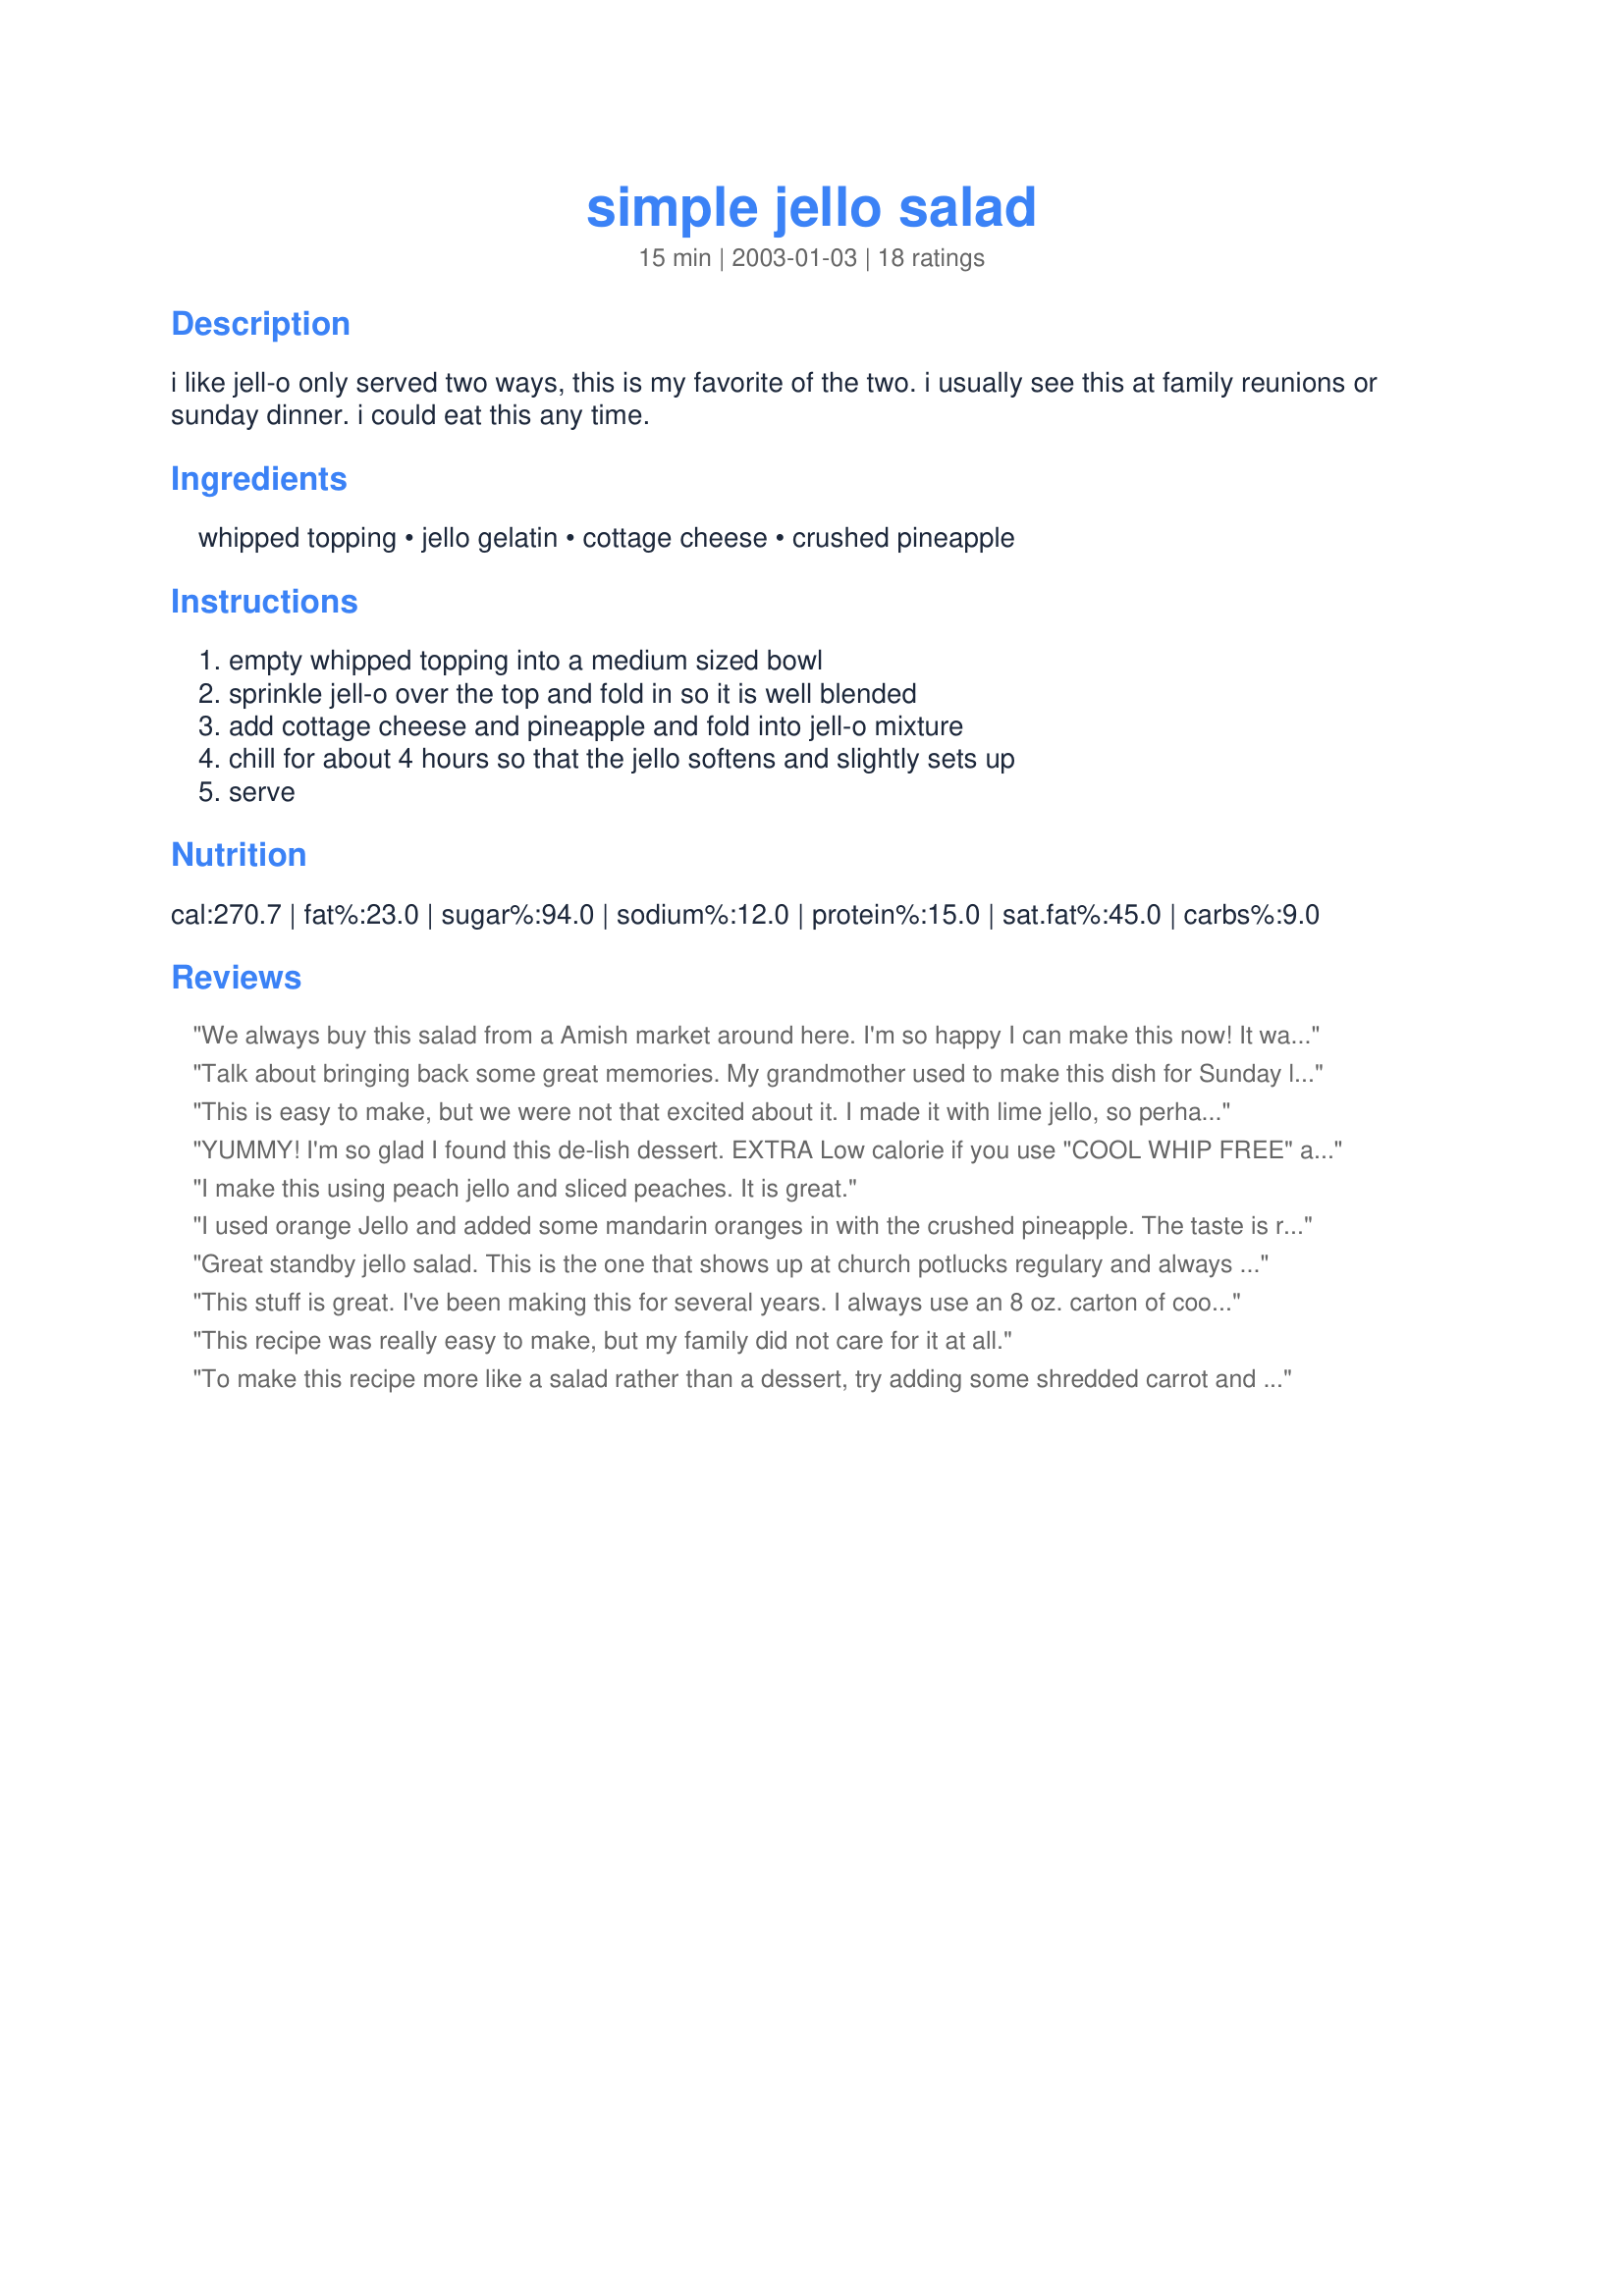
simple jello salad
Preparation time: 15 minutes

i like jell-o only served two ways, this is my favorite of the two. i usually see this at family reunions or sunday dinner. i could eat this any time.

Ingredients:
whipped topping, jello gelatin, cottage cheese, crushed pineapple

Steps:
empty whipped topping into a medium sized bowl, sprinkle jell-o over the top and fold in so it is well blended, add cottage cheese and pineapple and fold into jell-o mixture, chill for about 4 hours so that the jello softens and slightly sets up, serve

Reviews:
We always buy this salad from a Amish market around here. I'm so happy I can make this now! It was delicious and my Dad absolutely loves it! Plus its SO simple! Thanx!
Talk about bringing back some great memories. My grandmother used to make this dish for Sunday lunch.

I really enjoyed this. Thanks so much for sharing and bringing back a great childhood memory!
This is easy to make, but we were not that excited about it. I made it with lime jello, so perhaps that was a mistake, but the directions did say any flavor. If I make it again, I will add the ingredients "molly" suggested. Thanks for sharing.
YUMMY! I'm so glad I found this de-lish dessert. EXTRA Low calorie if you use "COOL WHIP FREE" and "SUGAR FREE Jello"(+ low fat/cal cottage cheese)! Wow, this is GOOD! We had it served over small slices of angel food cake! Thank you!
I make this using peach jello and sliced peaches. It is great.
I used orange Jello and added some mandarin oranges in with the crushed pineapple. The taste is really good, but the little curds of cottage cheese kind of weird me out. I'll probably make it again but leave out the cottage cheese. Thanks!
Great standby jello salad. This is the one that shows up at church potlucks regulary and always gets eaten. Kids like this with mini marshmallows added.
This stuff is great. I've been making this for several years. I always use an 8 oz. carton of cool whip and a 16 oz. carton of cottage cheese. I add a small can of drained mandarin oranges, a small can of crushed pineapple, a jar of drained maraschino cherries, and nuts, either chopped pecans or sprinkle it with some of those nuts that come in a can that you can get to put on sundaes. I usually get fat free/low fat cool whip & cottage cheese, and sugar-free jello. You can't taste the difference. My husband also likes to add coconut flakes.
This recipe was really easy to make, but my family did not care for it at all.
To make this recipe more like a salad rather than a dessert, try adding some shredded carrot and thinly sliced grapes.
Sugar free strawberry jello is what I used to make this and it came out perfect! I needed a salad for DD's Dinner Theater the musical was *Once Upon A Mattress* Made for *Zaar Cookbooks Tag 2008* game
This is wonderful. It's a great dessert, too. DH eats any leftovers as a midnight snack. There's never any left the next day. He likes it with orange Jello and mandarin oranges (drained) instead of or with the pineapple. I also like it with chopped walnuts or pecans.
Delicious! So glad to have found this one, DH and I had not had since we were kids. Only variation is that we like to add chopped pecans as well!
this was good and quick. i used rasp/cran jello and put raspberries, strawberries, bananas and walnuts in it. mmmm mmm. i loved the nuts. it was a little grainy though. maybe from the cottage cheese and a little too sweet so i added in some plain yogurt and a little unflavored gelatin. it didnt get firm? i dont know if it was suppose to but it was very tasty. thanks for a fun treat.
This is what my family calls Grandpa's Goop! My Great Grandfather who was a cook in WW1
used to make it! Until now, I thought he invented it. I will say that I have met many people who simply can't get passed the fact that there is cottage cheese in it. However, the majority of my family loves it!
5 stars for ease and taste. I used lime jellow and followed the recipe as written. Next time I'll stretch out and try adding fruit and different flavors of jello to find a favorite.
My mother taught me to make this when I was little. I LOVE IT and I eat it a LOT. I like to use orange jello, pineapple, mandarin oranges, and marshmallows...tastes just like a creamsicle. It's also good with strawberry jello, strawberries, and marshmallows. :D
This is my children's favorite jello salad. We call it "Pink Stuff" because they like it with raspberry, cherry or strawberry jello. My s-i-l from Mexico City dubbed it Pink Stuff and she loves it. I always make it with SF jello b/c we have diabetics in our family. If strawberies are in season, I slice fresh strawberries in it. Also, I've tossed in some cold (left over)steamed rice and it's good. My fav is orange jello and mandrin oranges. It so fast and yummy! My kids make it for all holidays.
